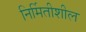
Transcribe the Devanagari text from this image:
निर्मितीशील